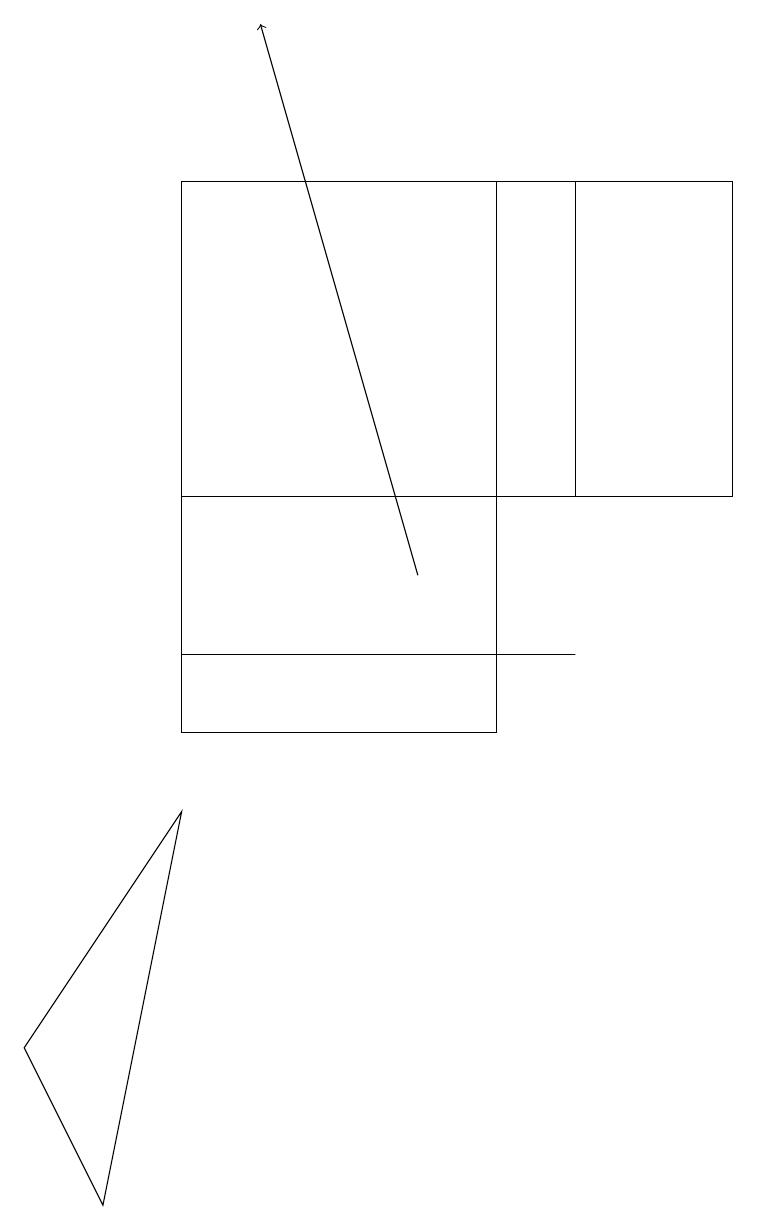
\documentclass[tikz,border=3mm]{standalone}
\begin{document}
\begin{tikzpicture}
\draw[->] (5,12) -- (3,19);
\draw (7,11) rectangle (2,11);
\draw (0,6) -- (1,4) -- (2,9) -- cycle;
\draw (2,10) rectangle (6,17);
\draw (7,13) rectangle (2,17);
\draw (6,13) rectangle (9,17);
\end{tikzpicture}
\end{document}